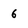
Character: 6